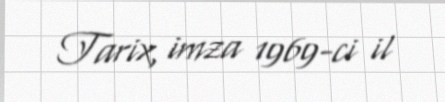
Tarix, imza 1969-ci il